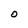
Character: o